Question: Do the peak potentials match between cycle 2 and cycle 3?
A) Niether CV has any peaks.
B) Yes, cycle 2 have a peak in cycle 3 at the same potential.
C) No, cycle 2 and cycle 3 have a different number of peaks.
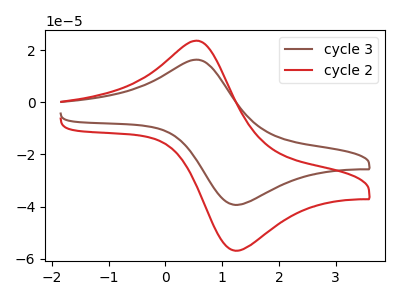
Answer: <think>The brown curve "cycle 3" has an anodic peak at (0.55V, 16.30uA) and a cathodic peak at (1.25V, -39.35uA). The red curve "cycle 2" has an anodic peak at (0.55V, 23.55uA) and a cathodic peak at (1.25V, -56.90uA).</think>
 <answer>B) Yes, "cycle 2" have a peak in "cycle 3" at the same potential.</answer>
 <eval>B</eval>